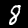
Digit: 8